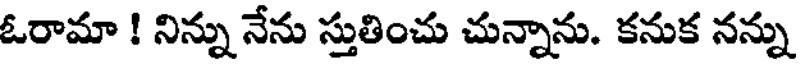
ఓరామా ! నిన్ను నేను స్తుతించు చున్నాను. కనుక నన్ను